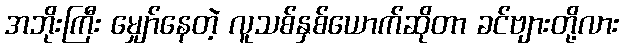
အဘိုးကြီး မျှော်နေတဲ့ လူသစ်နှစ်ယောက်ဆိုတာ ခင်ဗျားတို့လား